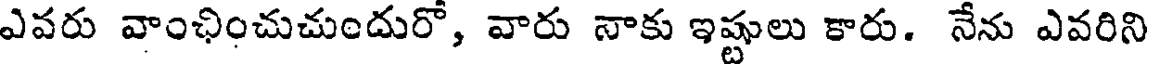
ఎవరు వాంఛించుచుందురో, వారు నాకు ఇష్టులు కారు. నేను ఎవరిని